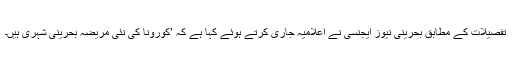
تفصیلات کے مطابق بحرینی نیوز ایجنسی نے اعلامیہ جاری کرتے ہوئے کہا ہے کہ ’کورونا کی نئی مریضہ بحرینی شہری ہیں۔